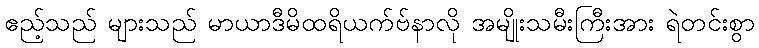
ဧည့်သည် များသည် မာယာဒီမိထရိယက်ဗ်နာလို အမျိုးသမီးကြီးအား ရဲတင်းစွာ